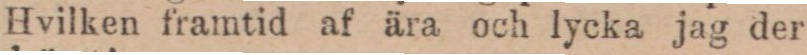
Hvilken framtid af ära och lycka jag der